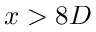
x > 8 D